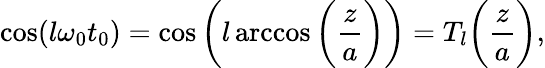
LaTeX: \cos(l\omega_{0}t_{0})=\cos\bigg(l\operatorname{arccos}\bigg(\frac{z}{a}\bigg)\bigg)=T_{l}\bigg(\frac{z}{a}\bigg),